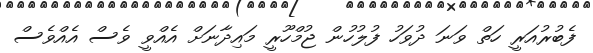
ފެބުރުއަރީ ހަތް ވަނަ ދުވަހު ފުލުހުން ޖުމްހޫރީ މައިދާނަށް އެއްވީ ވެސް އެއްވެސް